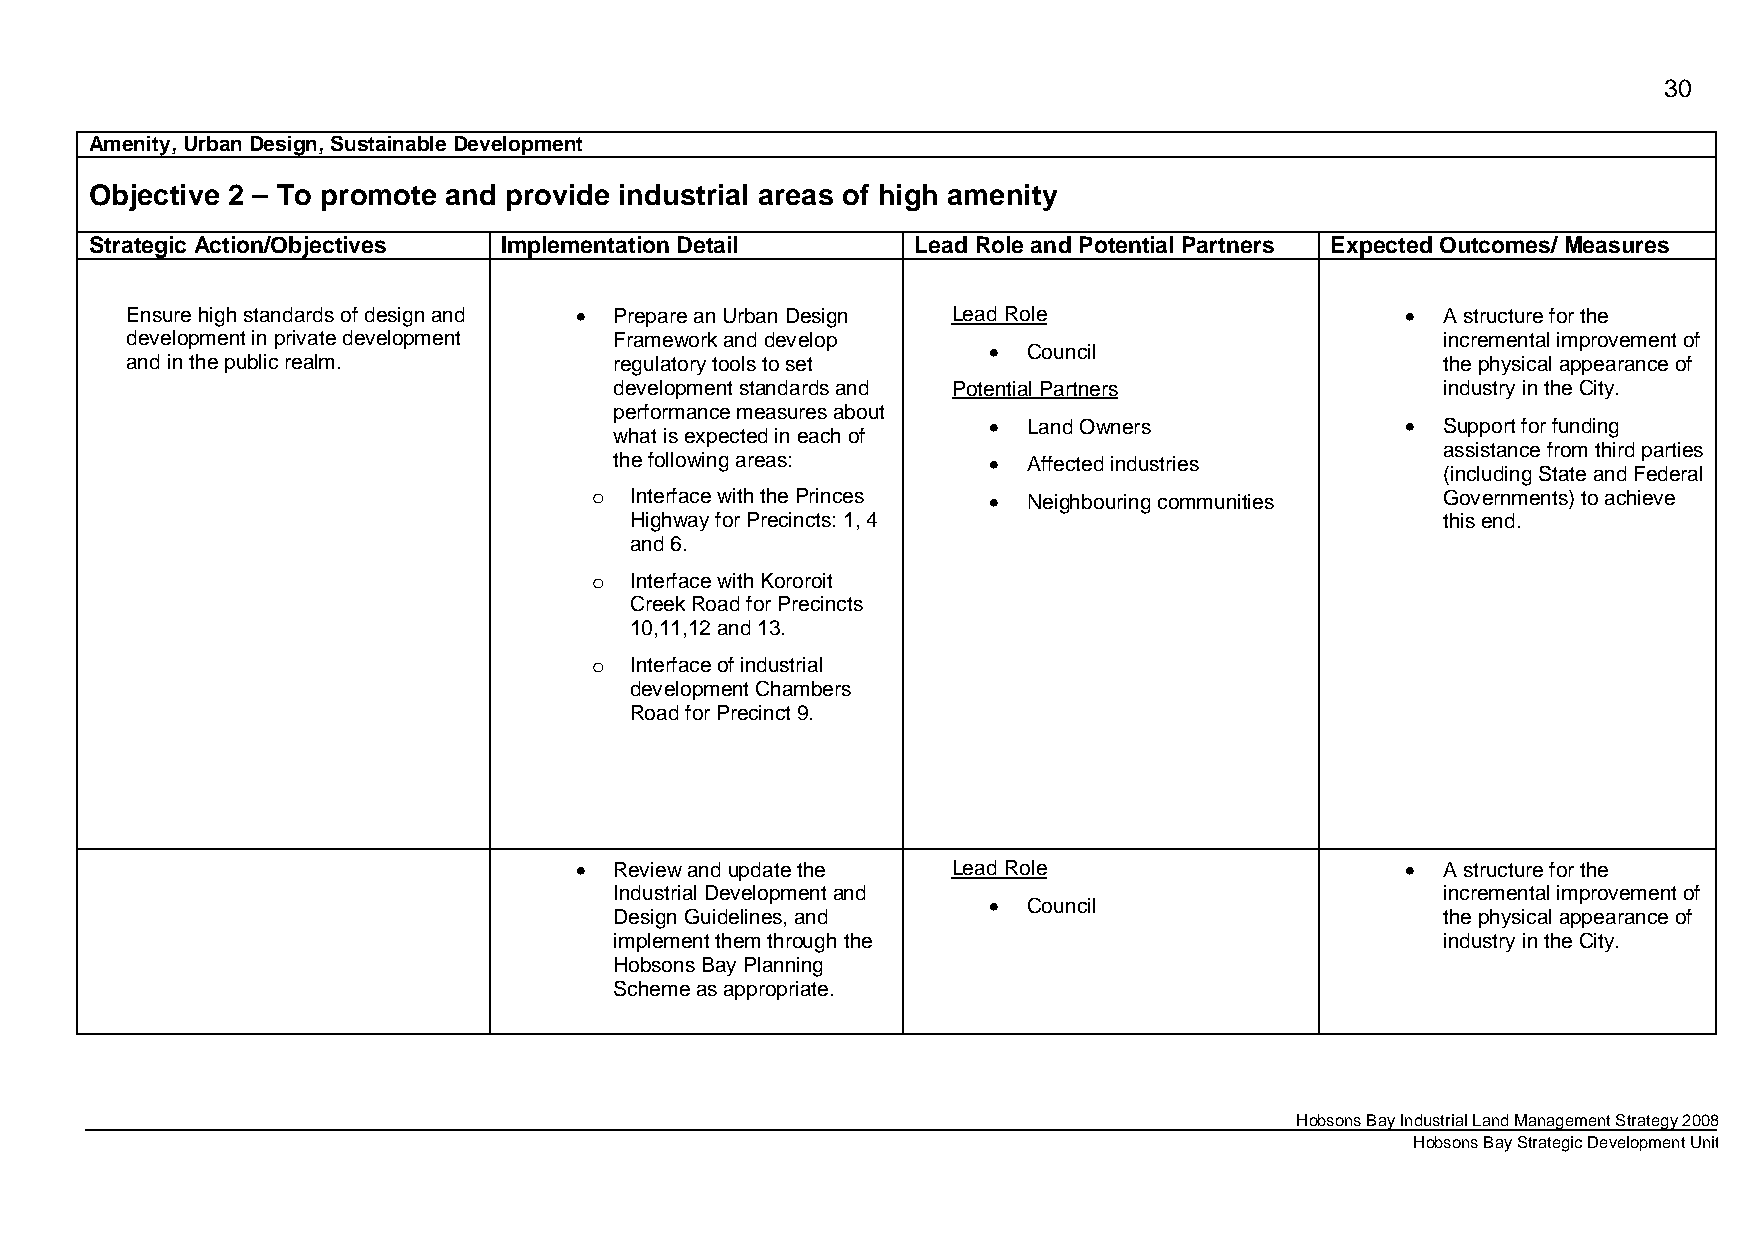
30
 Amenity, Urban Design, Sustainable Development
 Objective 2 – To promote and provide industrial areas of high amenity
 Strategic Action/Objectives Implementation Detail      Lead Role and Potential Partners Expected Outcomes/ Measures
 Ensure high standards of design and • Prepare an Urban Design Lead Role              • A structure for the
 development in private development Framework and develop                               incremental improvement of
 •  Council
 and in the public realm.         regulatory tools to set                               the physical appearance of
 development standards and Potential Partners          industry in the City.
 performance measures about
 •  Land Owners              • Support for funding
 what is expected in each of
 assistance from third parties
 the following areas:    •  Affected industries
 (including State and Federal
 o  Interface with the Princes • Neighbouring communities Governments) to achieve
 Highway for Precincts: 1, 4                          this end.
 and 6.
 o  Interface with Kororoit
 Creek Road for Precincts
 10,11,12 and 13.
 o  Interface of industrial
 development Chambers
 Road for Precinct 9.
 •  Review and update the Lead Role                     • A structure for the
 Industrial Development and                            incremental improvement of
 •  Council
 Design Guidelines, and                                the physical appearance of
 implement them through the                            industry in the City.
 Hobsons Bay Planning
 Scheme as appropriate.
 Hobsons Bay Industrial Land Management Strategy 2008
 Hobsons Bay Strategic Development Unit